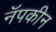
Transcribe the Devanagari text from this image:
नॅपकीन